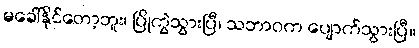
မခေါ်နိုင်တော့ဘူး၊ ပြိုကွဲသွားပြီ၊ သဘာဝက ပျောက်သွားပြီ။